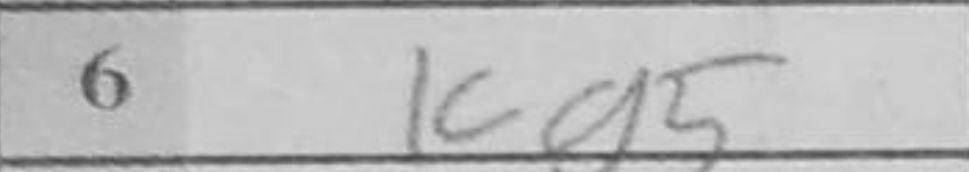
Transcription: Kg5